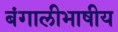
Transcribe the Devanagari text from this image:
बंगालीभाषीय